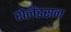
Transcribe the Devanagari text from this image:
रोलैंडसन